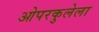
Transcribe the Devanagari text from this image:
ओपरकुलेला